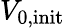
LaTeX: V_{\mathrm{0,init}}